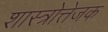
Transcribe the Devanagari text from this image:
शास्त्रोत्तेजक